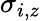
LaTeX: \sigma_{i,z}